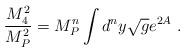
LaTeX: \begin{align*}\frac{M_4^2}{M_P^2} = M_P^n \int d^ny \sqrt{g} e^{2A}\ .\end{align*}